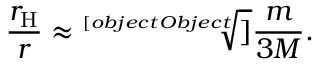
{ \frac { r _ { \mathrm { H } } } { r } } \approx { \sqrt [ [object Object] ] { \frac { m } { 3 M } } } .